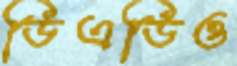
ডিএডিও